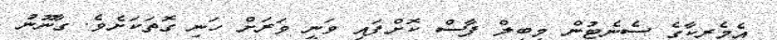
އެމެރިކާގެ ސެނެޓުން މިބިލް ފާސް ކޮށްފައި ވަނީ ވަރަށް ހަނި ގޮތަކަށެވެ. ގާނޫނު